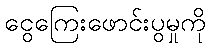
ငွေကြေးဖောင်းပွမှုကို